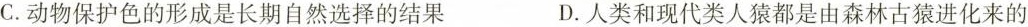
C.动物保护色的形成是长期自然选择的结果 D.人类和现代类人猿都是由森林古猿进化来的